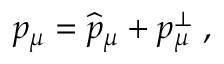
p _ { \mu } = \widehat { p } _ { \mu } + p _ { \mu } ^ { \bot } \; ,